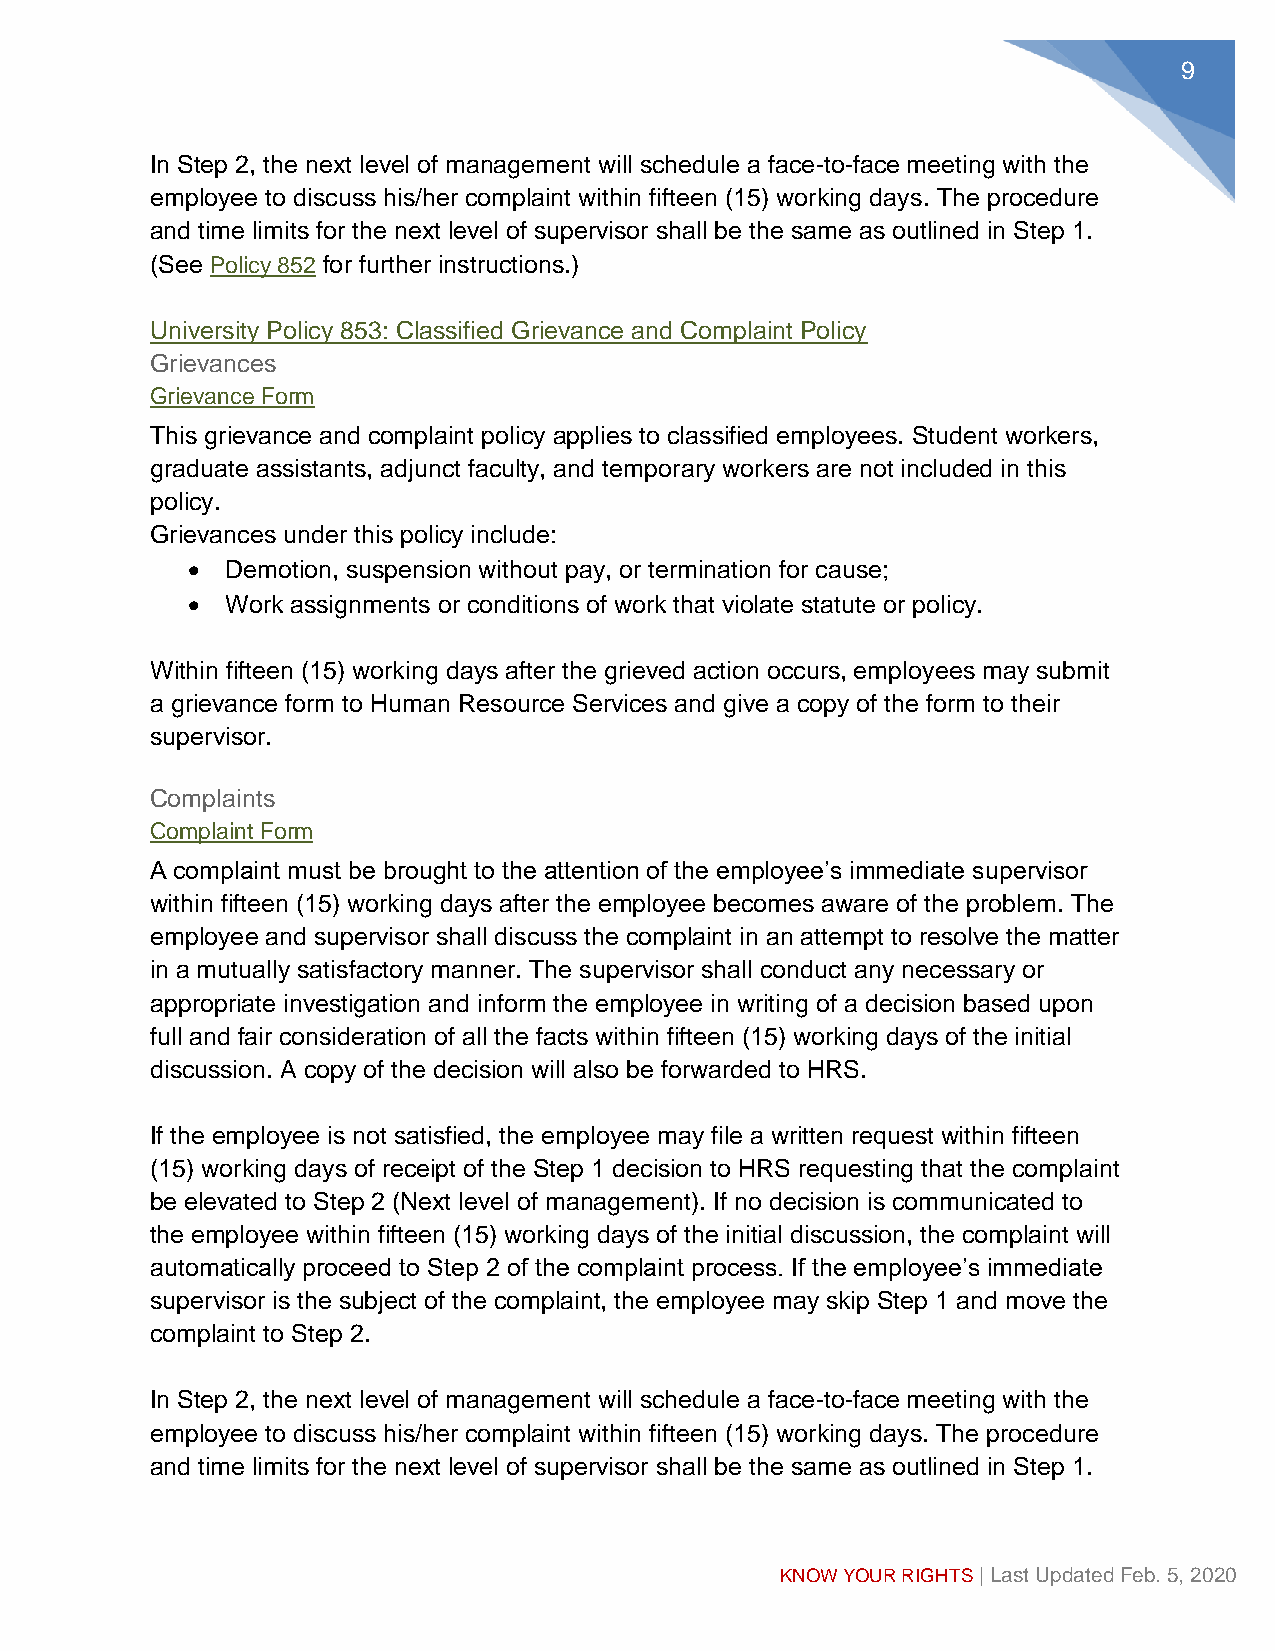
10
 (See Policy 853 for further instructions.)
 What  does MTSU   Policy say about sexual misconduct,
 discrimination, and harassment?
 University Policy 26: Discrimination and Harassment Based on Protected Categories
 Other Than Sex
 Using the procedures outlined in this policy, faculty and staff must promptly report to the
 appropriate University contact any complaint or conduct that might constitute
 discrimination or harassment as defined by this policy, whether the information
 concerning a complaint is received formally or informally. Failure to do so may result in
 disciplinary action up to and including termination.
 All faculty and staff members are required to cooperate with investigations of alleged
 discrimination or harassment. Failure to cooperate may result in disciplinary action up to
 and including termination. Students are also required to cooperate with these
 investigations and failure to do so may result in disciplinary action up to and including
 expulsion.
 University Policy 27: Misconduct, Discrimination, and Harassment Based on Sex
 Including Pregnancy, Sexual Orientation, and Gender Identity/Expression
 This policy is adopted by Middle Tennessee State University (MTSU or University)
 specifically to address misconduct, discrimination, and harassment based on sex
 (hereinafter to include claims based on pregnancy or sexual orientation/gender
 identity/expression) as well as the following offenses defined herein: dating violence,
 domestic violence, sexual assault, and stalking; and, to establish procedures for
 responding to incidents of sexual misconduct, discrimination, and harassment. Sexual
 misconduct and harassment are forms of sexual discrimination prohibited by Title IX
 and MTSU.
 Title IX
 Title IX of the Education Amendments of 1972 is a federal law that prohibits sex
 discrimination in education.” Contains a link to the Sexual Violence Reporting Form.
 Title IX Contact Information
 Title IX Coordinator
 Marian V. Wilson, Ph.D
 Assistant to the President, Institutional Equity and Compliance
 116 Cope Administration Building
 1301 East Main Street
 Murfreesboro, TN 37132